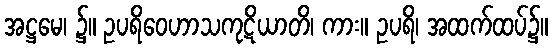
အဋ္ဌမေ၊ ၌။ ဥပရိဝေဟာသကုဋိယာတိ၊ ကား။ ဥပရိ၊ အထက်ထပ်၌။